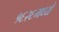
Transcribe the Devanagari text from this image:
१६२६मध्ये